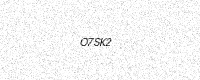
Text: O7SK2